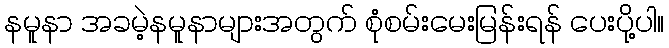
နမူနာ အခမဲ့နမူနာများအတွက် စုံစမ်းမေးမြန်းရန် ပေးပို့ပါ။